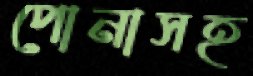
পোনাসহ